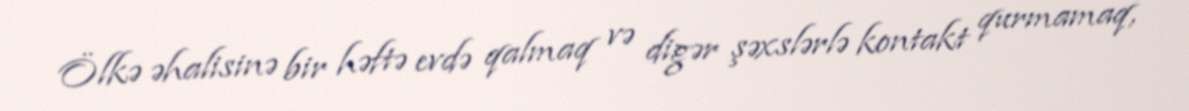
Ölkə əhalisinə bir həftə evdə qalmaq və digər şəxslərlə kontakt qurmamaq,